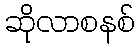
ဆိုလာစနစ်